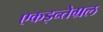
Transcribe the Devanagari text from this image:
एकइन्तेग्रल